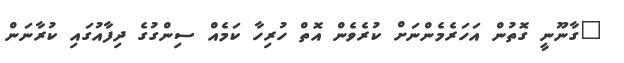
"ގާނޫނީ ގޮތުން އަހަރެމެންނަށް ކުރެވެން އޮތް ހުރިހާ ކަމެއް ސިންގުގެ ދިފާއުގައި ކުރާނަން